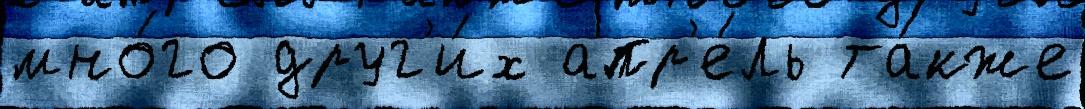
мно́го друг'и́х апр'е́ль та́кже